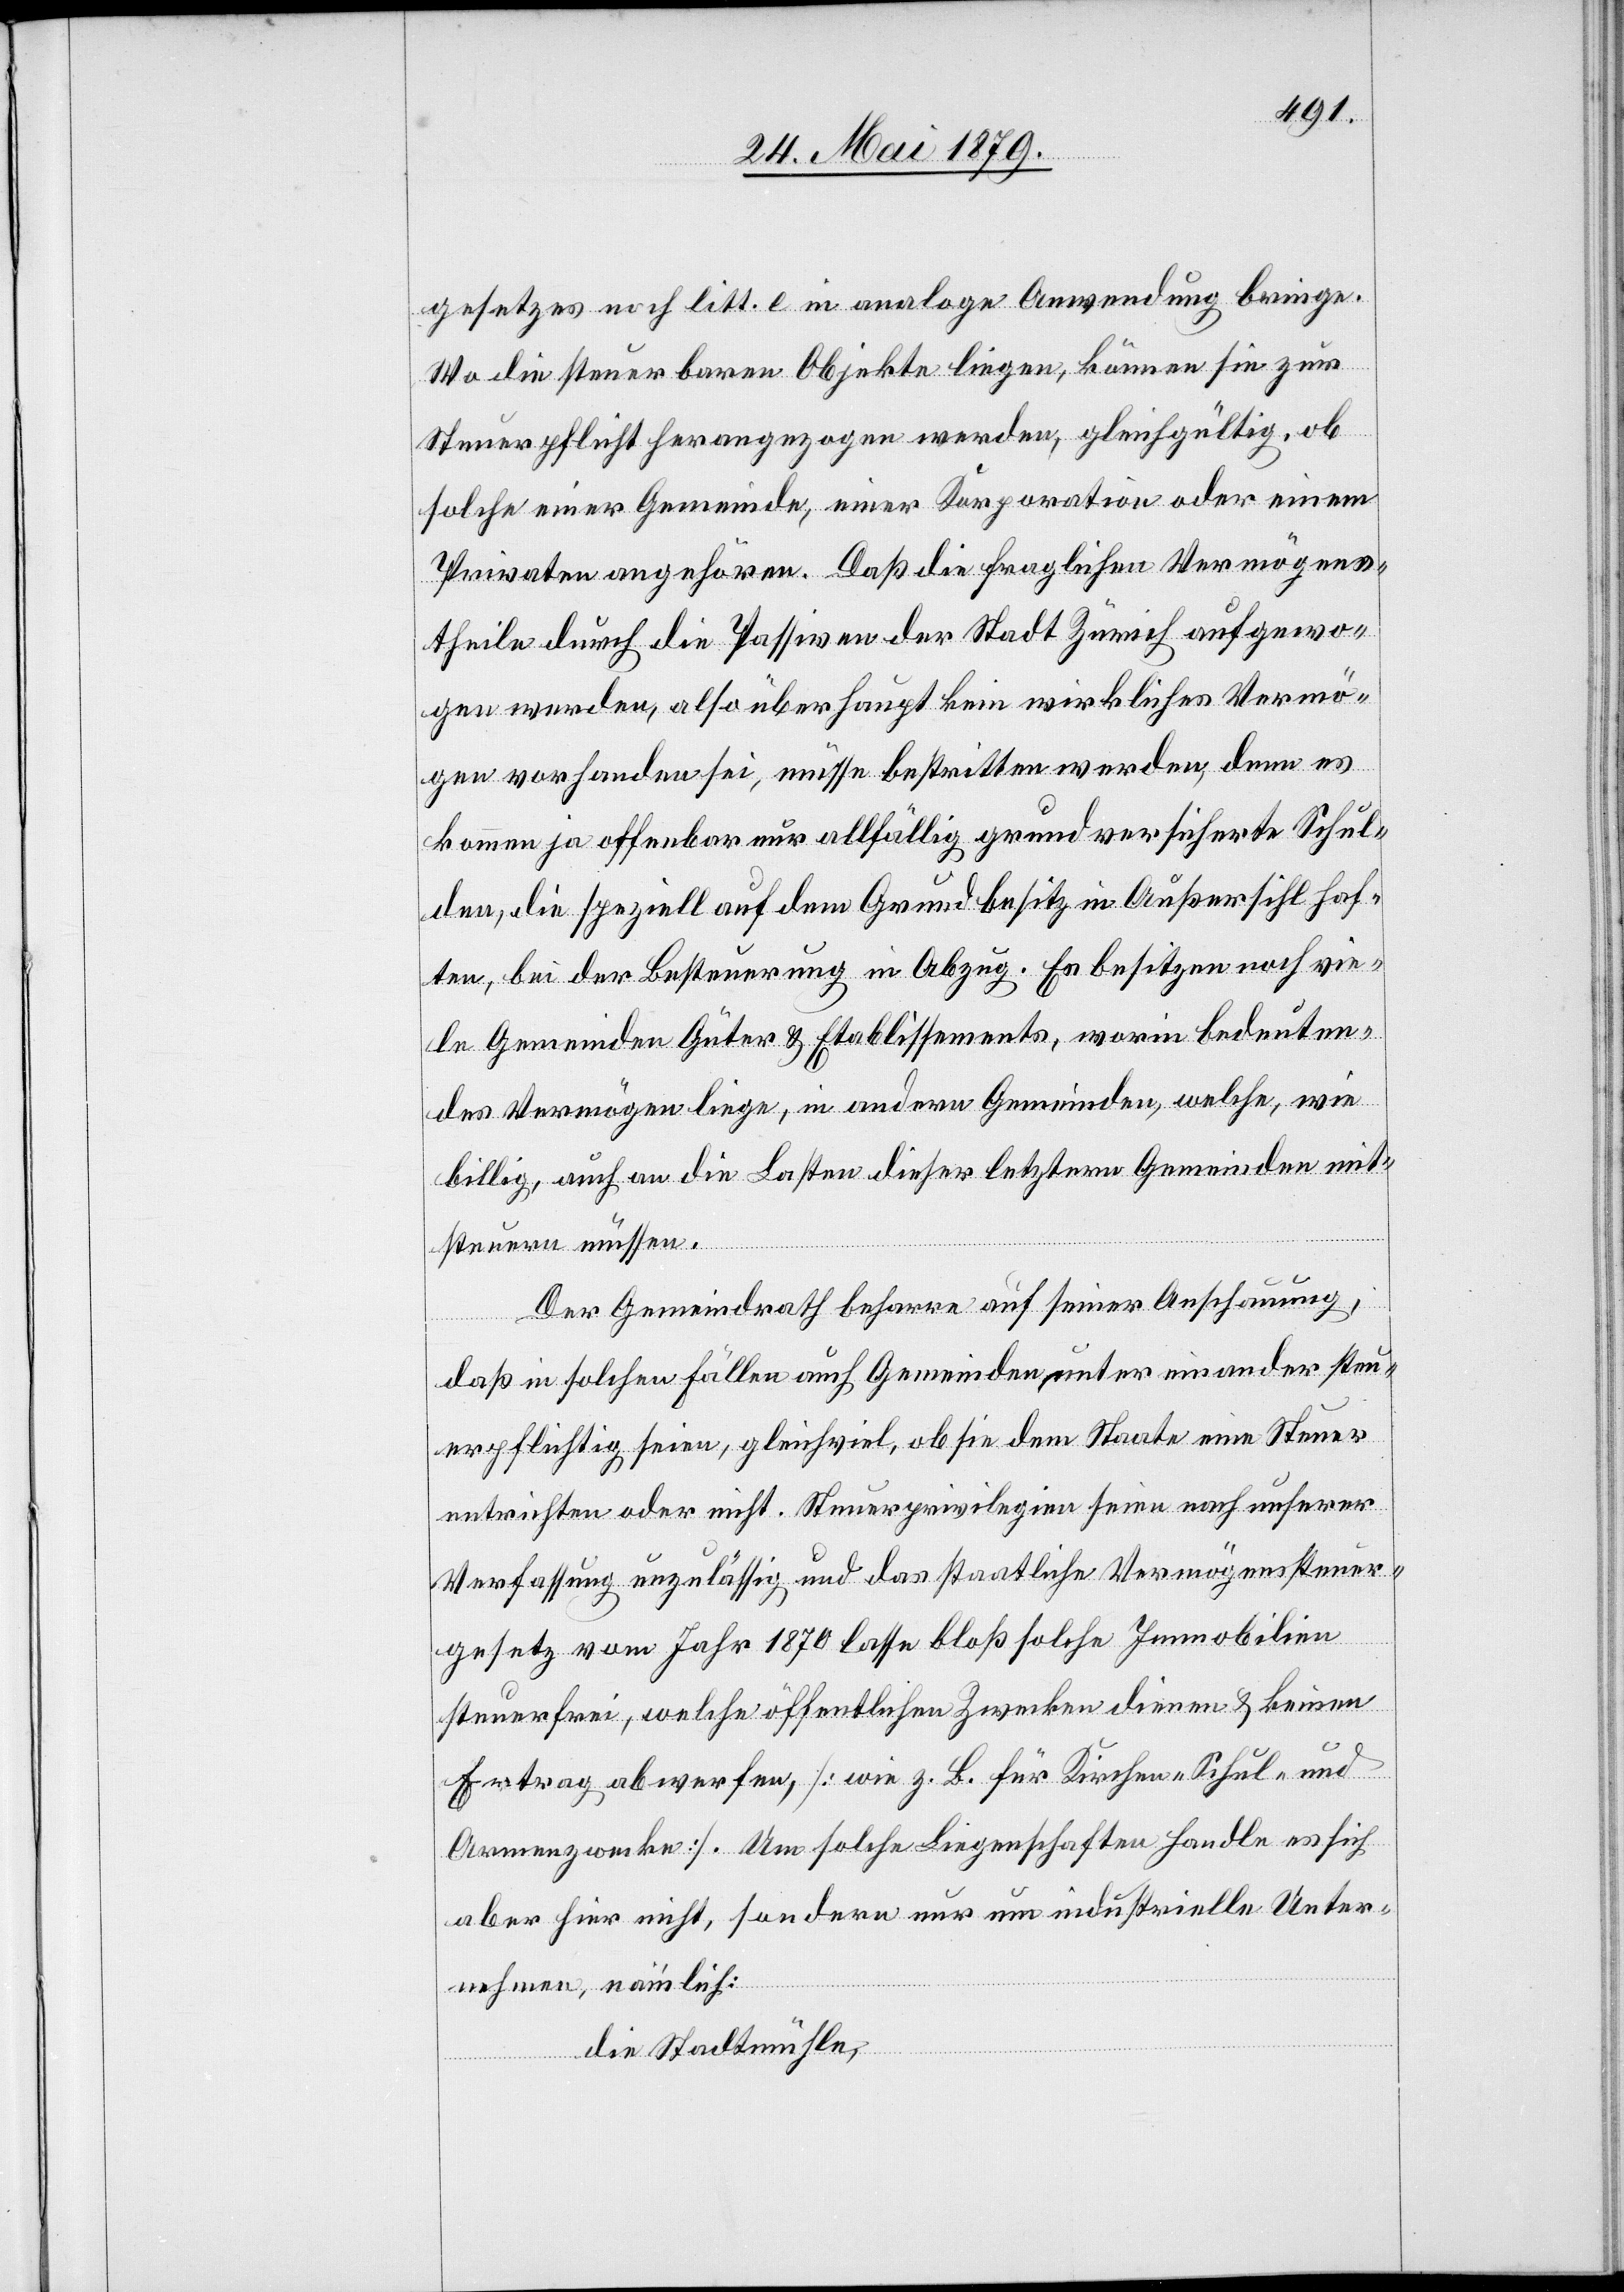
gesetzes noch litt. e in analoge Anwendung bringe.
Wo die steuerbaren Objekte liegen, können sie zur
Steuerpflicht herangezogen werden, gleichgültig, ob
solche einer Gemeinde, einer Korporation oder einem
Privaten angehören. Daß die fraglichen Vermögens¬
theile durch die Passiven der Stadt Zürich aufgewo¬
gen werden, also überhaupt kein wirkliches Vermö¬
gen vorhanden sei, müsse bestritten werden, denn es
kommen ja offenbar nur allfällig grundversicherte Schul¬
den, die speziell auf dem Grundbesitz in Außersihl haf¬
ten, bei der Besteuerung in Abzug. Es besitzen noch vie¬
le Gemeinden Güter & Etablissements, worin bedeuten¬
des Vermögen liege, in andern Gemeinden, welche, wie
billig, auch an die Lasten dieser letztern Gemeinden mit¬
steuern müssen.
Der Gemeindrath beharre auf seiner Anschauung,
daß in solchen Fällen auch Gemeinden unter einander steu¬
erpflichtig seien, gleichviel, ob sie dem Staate eine Steuer
entrichten oder nicht. Steuerprivilegien seien nach unserer
Verfassung unzulässig und das staatliche Vermögenssteuer¬
gesetz vom Jahr 1870 lasse bloß solche Immobilien
steuerfrei, welche öffentlichen Zwecken dienen & keinen
Ertrag abwerfen, [wie z. B. für Kirchen- Schul- und
Armenzwecke]. Um solche Liegenschaften handle es sich
aber hier nicht, sondern nur um industrielle Unter¬
nehmen, nämlich:
die Stadtmühle,